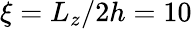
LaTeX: \xi=L_{z}/2h=10